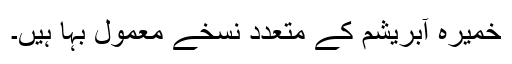
خمیرہ آبریشم کے متعدد نسخے معمول بہا ہیں۔